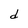
Character: d